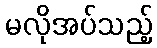
မလိုအပ်သည့်